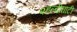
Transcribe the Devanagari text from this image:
२हल्दीघाटी